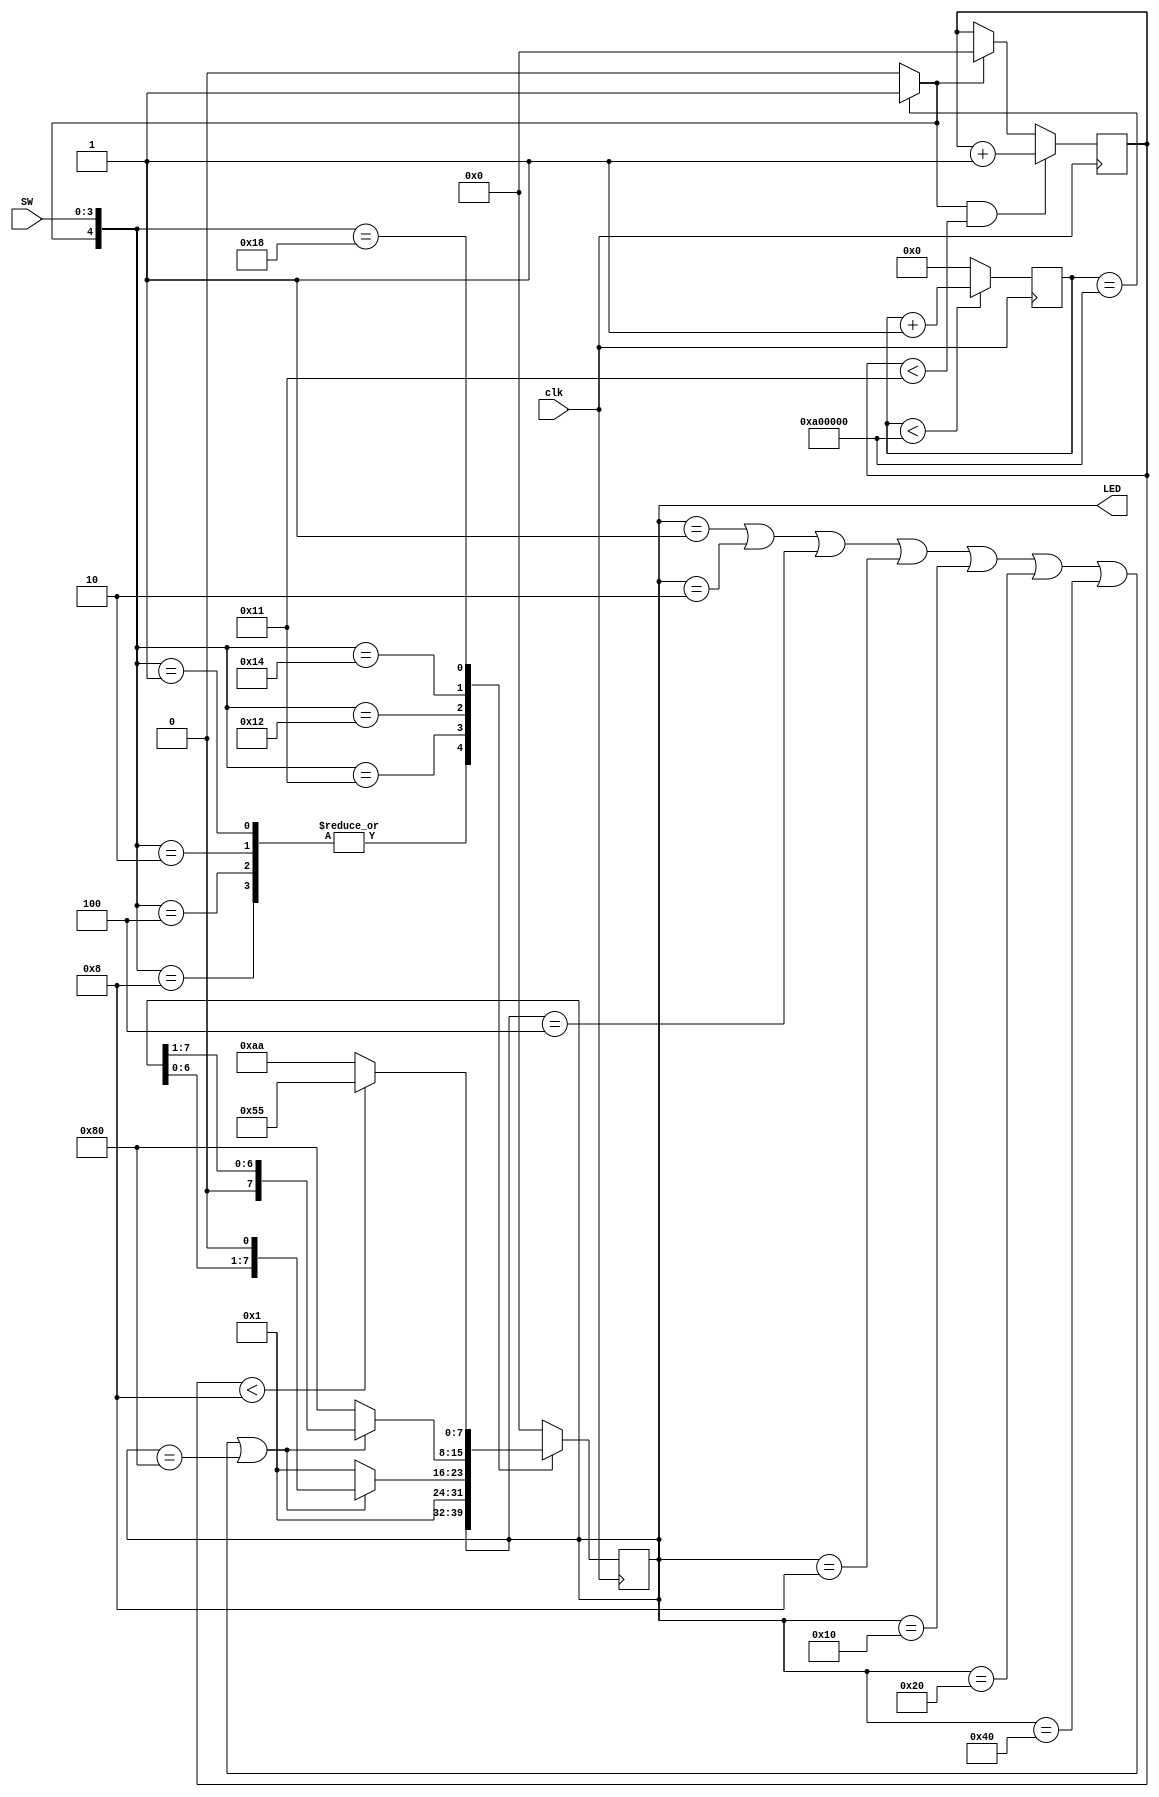
`timescale 1ns / 1ps
//////////////////////////////////////////////////////////////////////////////////
// Company: 
// Engineer: 
// 
// Design Name: 
// Module Name:    FPGA1 
// Project Name: 
// Target Devices: 
// Tool versions: 
// Description: 
//
// Dependencies: 
//
// Revision: 
// Revision 0.01 - File Created
// Additional Comments: 
//
//////////////////////////////////////////////////////////////////////////////////
module FPGA1(SW,clk,LED
    );
input [3:0] SW;
input clk;
output reg [7:0] LED;
reg      [23:0]    cnt24;         // why 24bit in length?
reg      [7:0]  toggle_cnt;
always@(posedge clk)
   if(cnt24<24'ha00000) cnt24<= cnt24+24'h000001;
   else               cnt24<= 24'h000000;
assign  slowclk= (cnt24==24'ha00000)?  1'b1 : 1'b0;
always@(negedge clk)       // why using negedge of the clock??
 case({slowclk, SW[3:0]})
  5'b00001,
  5'b00010,
  5'b00100,
  5'b01000:         LED<= LED;
  5'b10001:         LED<= 8'h01;
  5'b10010:  if(LED==8'h01 || LED==8'h02 || 
                LED==8'h04 || LED==8'h08 ||
                LED==8'h10 || LED==8'h20 || 
                LED==8'h40 || LED==8'h80)
                   LED<= {LED[6:0], 1'b0};
             else   LED<= 8'h01;
  5'b10100:  if(LED==8'h01 || LED==8'h02 || 
                LED==8'h04 || LED==8'h08 ||
                LED==8'h10 || LED==8'h20 || 
                LED==8'h40 || LED==8'h80)
                   LED<= {1'b0, LED[7:1]};
             else   LED<= 8'h80;
  5'b11000:  if(toggle_cnt<8'h08)   LED<= 8'h55;
             else               LED<= 8'haa;
  default:                       LED<= 8'h00;
 endcase

always@(negedge clk)      // why using negedge of the clock??
if(slowclk && toggle_cnt<8'h11)  toggle_cnt<= toggle_cnt + 8'h01;
else if(slowclk)                toggle_cnt<= 8'h00;
else                         toggle_cnt<= toggle_cnt;


endmodule